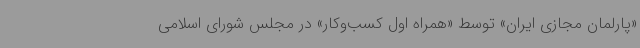
«پارلمان مجازی ایران» توسط «همراه اول کسب‌وکار» در مجلس شورای اسلامی